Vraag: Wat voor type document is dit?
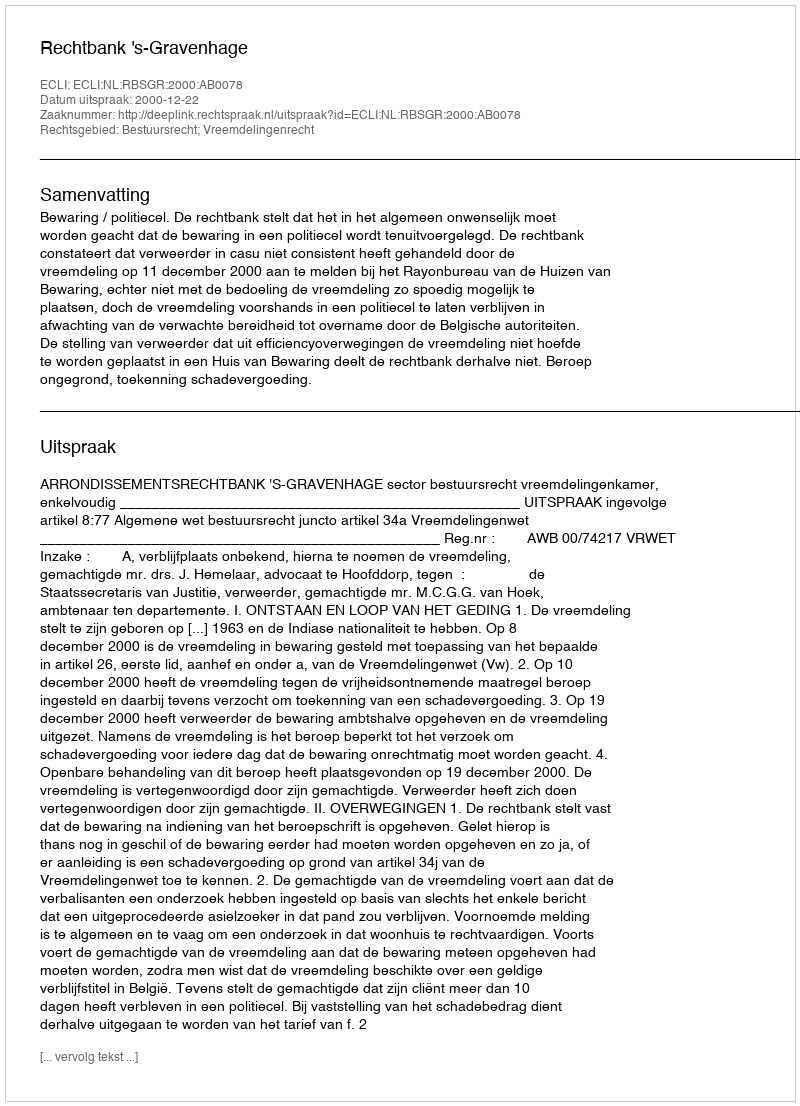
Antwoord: Uitspraak